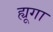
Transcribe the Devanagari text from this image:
ह्यूगा